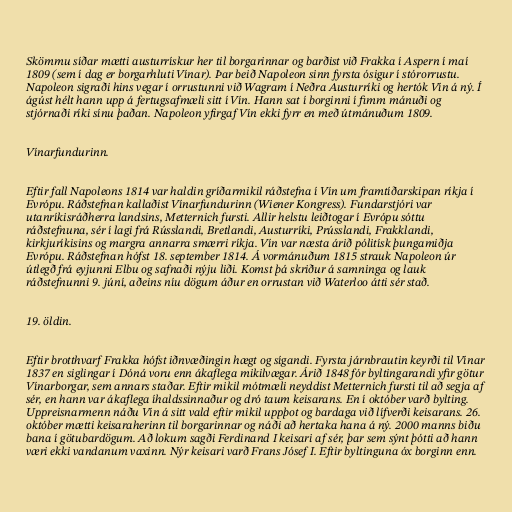
Skömmu síðar mætti austurrískur her til borgarinnar og barðist við Frakka í Aspern í maí
1809 (sem í dag er borgarhluti Vínar). Þar beið Napoleon sinn fyrsta ósigur í stórorrustu.
Napoleon sigraði hins vegar í orrustunni við Wagram í Neðra Austurríki og hertók Vín á ný. Í
ágúst hélt hann upp á fertugsafmæli sitt í Vín. Hann sat í borginni í fimm mánuði og
stjórnaði ríki sínu þaðan. Napoleon yfirgaf Vín ekki fyrr en með útmánuðum 1809.

Vínarfundurinn.

Eftir fall Napoleons 1814 var haldin gríðarmikil ráðstefna í Vín um framtíðarskipan ríkja í
Evrópu. Ráðstefnan kallaðist Vínarfundurinn (Wiener Kongress). Fundarstjóri var
utanríkisráðherra landsins, Metternich fursti. Allir helstu leiðtogar í Evrópu sóttu
ráðstefnuna, sér í lagi frá Rússlandi, Bretlandi, Austurríki, Prússlandi, Frakklandi,
kirkjuríkisins og margra annarra smærri ríkja. Vín var næsta árið pólitísk þungamiðja
Evrópu. Ráðstefnan hófst 18. september 1814. Á vormánuðum 1815 strauk Napoleon úr
útlegð frá eyjunni Elbu og safnaði nýju liði. Komst þá skriður á samninga og lauk
ráðstefnunni 9. júní, aðeins níu dögum áður en orrustan við Waterloo átti sér stað.

19. öldin.

Eftir brotthvarf Frakka hófst iðnvæðingin hægt og sígandi. Fyrsta járnbrautin keyrði til Vínar
1837 en siglingar í Dóná voru enn ákaflega mikilvægar. Árið 1848 fór byltingarandi yfir götur
Vínarborgar, sem annars staðar. Eftir mikil mótmæli neyddist Metternich fursti til að segja af
sér, en hann var ákaflega íhaldssinnaður og dró taum keisarans. En í október varð bylting.
Uppreisnarmenn náðu Vín á sitt vald eftir mikil uppþot og bardaga við lífverði keisarans. 26.
október mætti keisaraherinn til borgarinnar og náði að hertaka hana á ný. 2000 manns biðu
bana í götubardögum. Að lokum sagði Ferdinand I keisari af sér, þar sem sýnt þótti að hann
væri ekki vandanum vaxinn. Nýr keisari varð Frans Jósef I. Eftir byltinguna óx borginn enn.